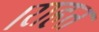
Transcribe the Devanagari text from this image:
।राहत